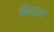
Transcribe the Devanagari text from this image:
मैंकला